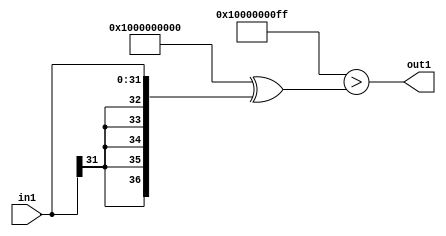
`timescale 1ps / 1ps
/*****************************************************************************
    Verilog RTL Description
    
    Generated at: 10:14:07 CST (+0800), Sunday 17 November 2019
    Generated on: ic58.cs.nthu.edu.tw
    Generated by: mc03 ()
    
    Created by: Stratus DpOpt 2017.1.02 
    Copyright (c) 2014-2015 Cadence Design Systems. All rights reserved worldwide.
    
    Cadence Design Systems proprietary and confidential
    ===================================================
    
    May contain information that incorporates Cadence Design Systems CellMath
    and other inventions claimed in Pending U.S. Patents.
    
    May contain Cadence Design Systems Trade Secrets of which use, disclosure or
    reproduction is contractually restricted or prohibited.  For more
    information, contact your legal department before any use, disclosure or
    reproduction.
*******************************************************************************/

module SobelFilter_Lti255s32_4 (
	in1,
	out1
	); /* architecture "behavioural" */ 
input [31:0] in1;
output  out1;
wire  asc001;

assign asc001 = ((37'B1000000000000000000000000000000000000 ^ 37'B0000000000000000000000000000011111111)>(37'B1000000000000000000000000000000000000
    ^ {{5{in1[31]}}, in1}));

assign out1 = asc001;
endmodule

/* CADENCE  uLL0Qw4= : u9/ySgnYtBlWxVDRUQkU4ug= ** DO NOT EDIT THIS LINE ******/